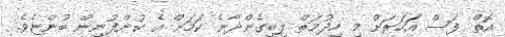
އޮތް ފަސް އަަހަރަށް މި ހިދުމަތް ލިބިގެންދާނެ ކަމަށް އެ ކުންފުނިން ބުންޏެވެ.